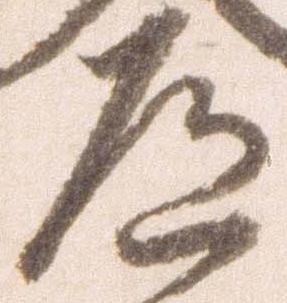
道